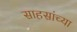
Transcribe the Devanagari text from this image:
साहसांच्या